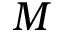
M